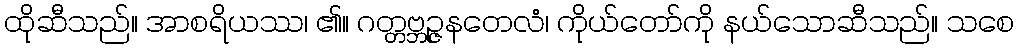
ထိုဆီသည်။ အာစရိယဿ၊ ၏။ ဂတ္တဗ္ဘဉ္ဇနတေလံ၊ ကိုယ်တော်ကို နယ်သောဆီသည်။ သစေ